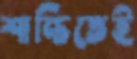
শান্তিতেই